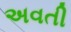
અવતી